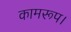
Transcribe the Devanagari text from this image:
कामरूप।